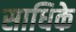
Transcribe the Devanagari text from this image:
साधिके